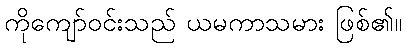
ကိုကျော်ဝင်းသည် ယမကာသမား ဖြစ်၏။